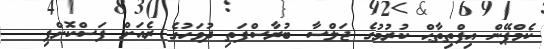
ކެމްޕޭން އިފްތިތާޙް ކުރުމުގެ ޖަލްސާ ބުރާސްފަތި ދުވަހުގެ ރެއަށް ފަސްކޮށްފި